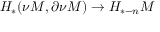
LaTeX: H _ { * } ( \nu M , \partial \nu M ) \to H _ { * - n } M